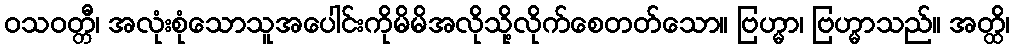
ဝသဝတ္တီ၊ အလုံးစုံသောသူအပေါင်းကိုမိမိအလိုသို့လိုက်စေတတ်သော။ ဗြဟ္မာ၊ ဗြဟ္မာသည်။ အတ္ထိ၊